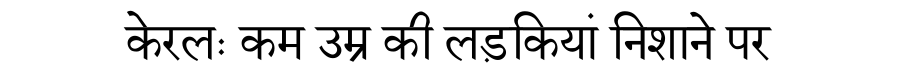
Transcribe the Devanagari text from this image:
केरलः कम उम्र की लड़कियां निशाने पर